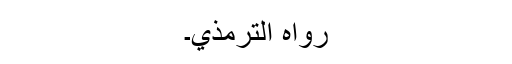
رَوَاہُ التِّرْمِذِيُّ۔